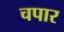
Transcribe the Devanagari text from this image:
चपार